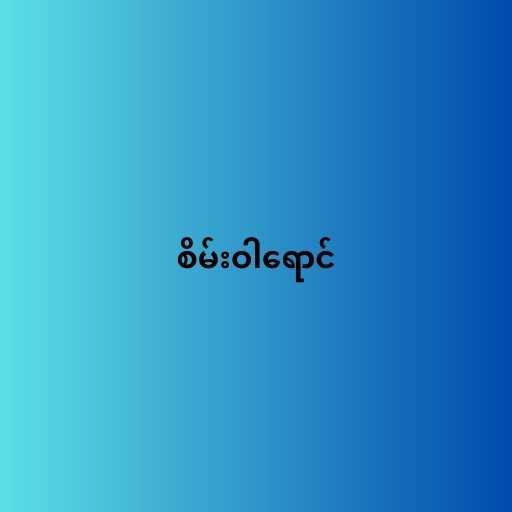
စိမ်းဝါရောင်